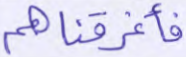
فأغرقناهم